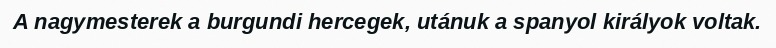
A nagymesterek a burgundi hercegek, utánuk a spanyol királyok voltak.